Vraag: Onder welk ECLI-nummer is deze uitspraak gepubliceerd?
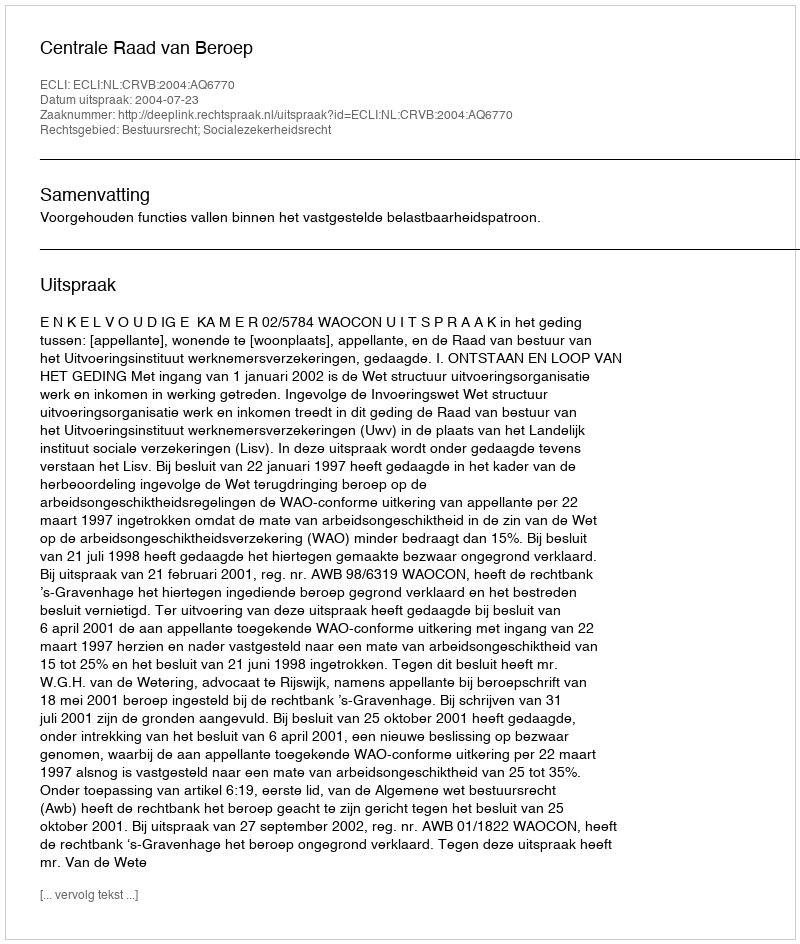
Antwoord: ECLI:NL:CRVB:2004:AQ6770